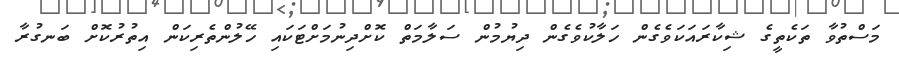
މަސްތުވާ ތަކެތީގެ ޝިކާރައަކަވެގެން ހަލާކުވެގެން ދިޔުމުން ސަލާމަތް ކޮށްދިނުމަށްޓަކައި ހޭލުންތެރިކަން އިތުރުކޮށް ބަނގުރާ